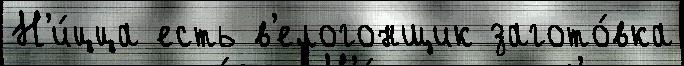
Н'и́цца есть в'елогонщик загото́вка